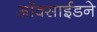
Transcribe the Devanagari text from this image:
ऑक्साईडने